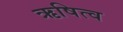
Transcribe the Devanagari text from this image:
ऋषित्व